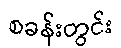
စခန်းတွင်း